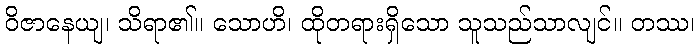
ဝိဇာနေယျ၊ သိရာ၏။ သောဟိ၊ ထိုတရားရှိသော သူသည်သာလျင်။ တဿ၊